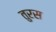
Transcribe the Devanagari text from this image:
तुरस